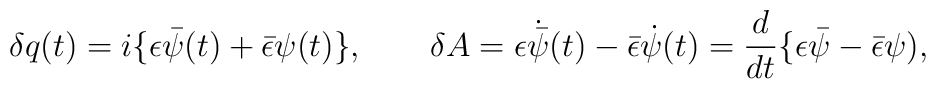
\delta q(t) = i\{\epsilon \bar{\psi }(t) + \bar{\epsilon }\psi (t)\},\qquad \delta A = \epsilon \dot{\bar\psi}(t) - \bar{\epsilon} \dot{\psi}(t)= {d\over dt}\{\epsilon \bar{\psi } - \bar{\epsilon }\psi ),